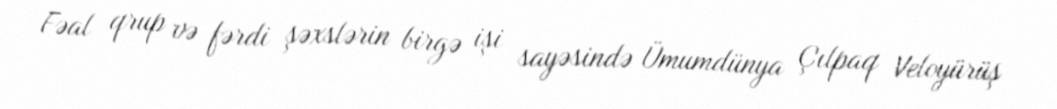
Fəal qrup və fərdi şəxslərin birgə işi sayəsində Ümumdünya Çılpaq Veloyürüş